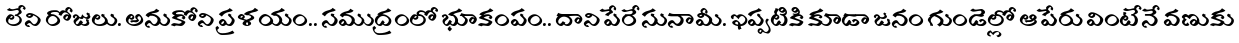
లేని రోజులు. అనుకోని ప్రళయం.. సముద్రంలో భూకంపం.. దాని పేరే సునామీ. ఇప్పటికి కూడా జనం గుండెల్లో ఆ పేరు వింటేనే వణుకు